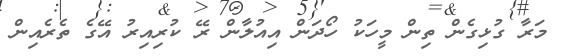
މަރާ ގުޅިގެން ތިން މީހަކު ހޯދަން އިއުލާން ރޭ ކުރިއިރު އޭގެ ތެރެއިން